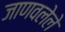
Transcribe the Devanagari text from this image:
जाणवलेले